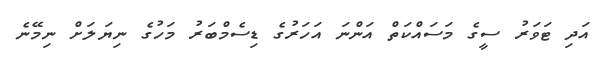
އަދި ޓަވަރު ސީގެ މަސައްކަތް އަންނަ އަހަރުގެ ޑިސެމްބަރު މަހުގެ ނިޔަލަށް ނިމޭނެ